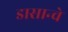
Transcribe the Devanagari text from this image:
डासान्चे